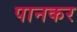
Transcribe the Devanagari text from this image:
पानकर